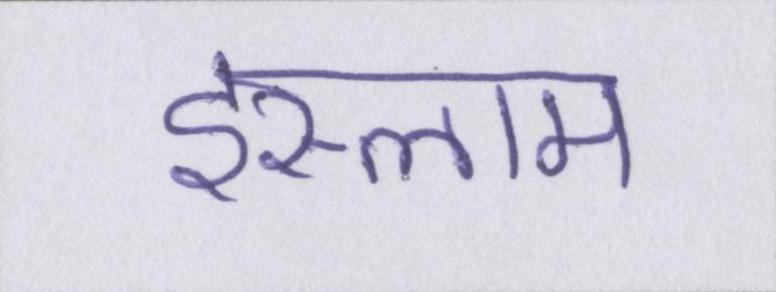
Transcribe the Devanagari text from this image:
इस्लाम